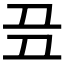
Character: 𬻈